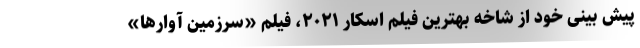
پیش بینی خود از شاخه بهترین فیلم اسکار ۲۰۲۱، فیلم «سرزمین آوارها»